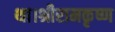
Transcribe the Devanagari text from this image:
था।श्रीरामकृष्ण